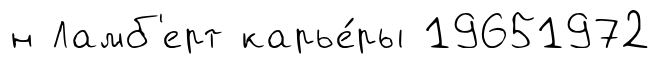
н Ламб'ерт карье́ры 19651972